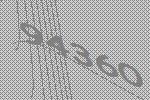
94360